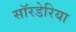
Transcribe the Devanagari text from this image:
सॉरडेरिया